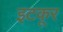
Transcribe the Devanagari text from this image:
इटकूर